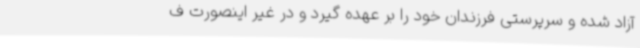
آزاد شده و سرپرستی فرزندان خود را بر عهده گیرد و در غیر اینصورت ف